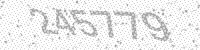
Solution: 245779